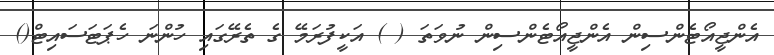
އެންޖީއޯޓެންސިން އެންޖީއޯޓެންސިން ނުވަތަ ( ) އަކީފުރަމޭ ގެ ތެރޭގައި ހުންނަ ހެޕަޓަސައިޓް()